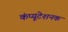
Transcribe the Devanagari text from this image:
कंप्यूटेशनक